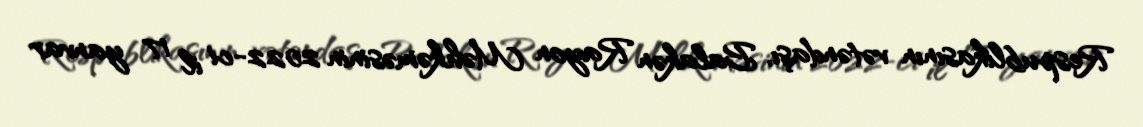
Respublikasının vətəndaşı, Balakən Rayon Məhkəməsinin 2022-ci il 17 yanvar